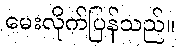
မေးလိုက်ပြန်သည်။